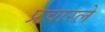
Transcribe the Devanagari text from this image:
प्रचारले